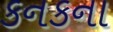
કનકના